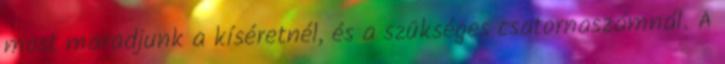
most maradjunk a kíséretnél, és a szükséges csatornaszámnál. A